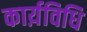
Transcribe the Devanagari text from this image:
कार्य़विधि